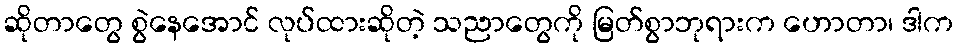
ဆိုတာတွေ စွဲနေအောင် လုပ်ထားဆိုတဲ့ သညာတွေကို မြတ်စွာဘုရားက ဟောတာ၊ ဒါက